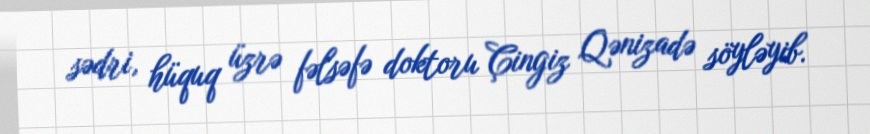
sədri, hüquq üzrə fəlsəfə doktoru Çingiz Qənizadə söyləyib.